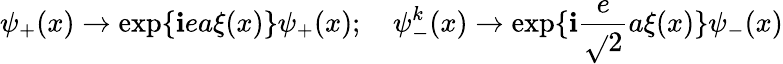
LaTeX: \psi_{+}(x)\rightarrow\exp\{ \mathbf{i}ea\xi(x)\} \psi_{+}(x);\quad\psi_{-}^{k}(x)\rightarrow\exp\{ \mathbf{i}\frac{{e}}{{\sqrt{}{{2}}}}a\xi(x)\} \psi_{-}(x)